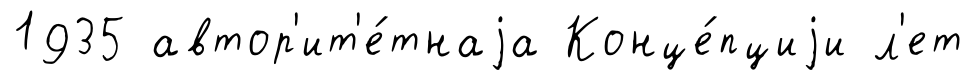
1935 автор'ит'е́тнаjа Конце́пциjи л'ет